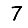
Digit: 7